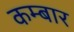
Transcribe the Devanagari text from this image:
कम्बार